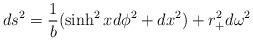
LaTeX: \begin{align*}ds^2={1\over b}(\sinh^2 xd\phi^2+dx^2)+r^2_+d\omega^2\end{align*}